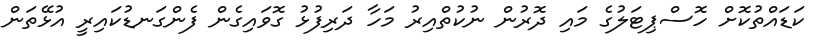
ކަޑައްތުކޮށް ހޮސްޕިޓަލުގެ މައި ދޮރުން ނުކުތްއިރު މަހާ ދަރިފުޅު ގޮވައިގެން ފެންގަނޑުކައިރީ އުޅޭތަން